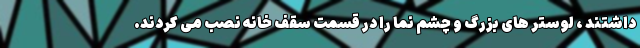
داشتند ، لوستر های بزرگ و چشم نما را در قسمت سقف خانه نصب می کردند.